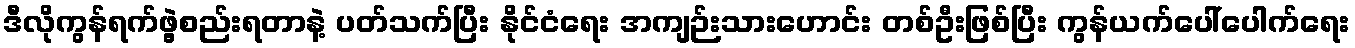
ဒီလိုကွန်ရက်ဖွဲ့စည်းရတာနဲ့ ပတ်သက်ပြီး နိုင်ငံရေး အကျဉ်းသားဟောင်း တစ်ဦးဖြစ်ပြီး ကွန်ယက်ပေါ်ပေါက်ရေး